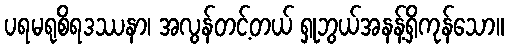
ပရမရုစိရဒဿနာ၊ အလွန်တင့်တယ် ရှုဘွယ်အနန့်ရှိကုန်သော။